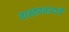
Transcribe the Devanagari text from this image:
वास्तववादाचे